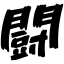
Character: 闘